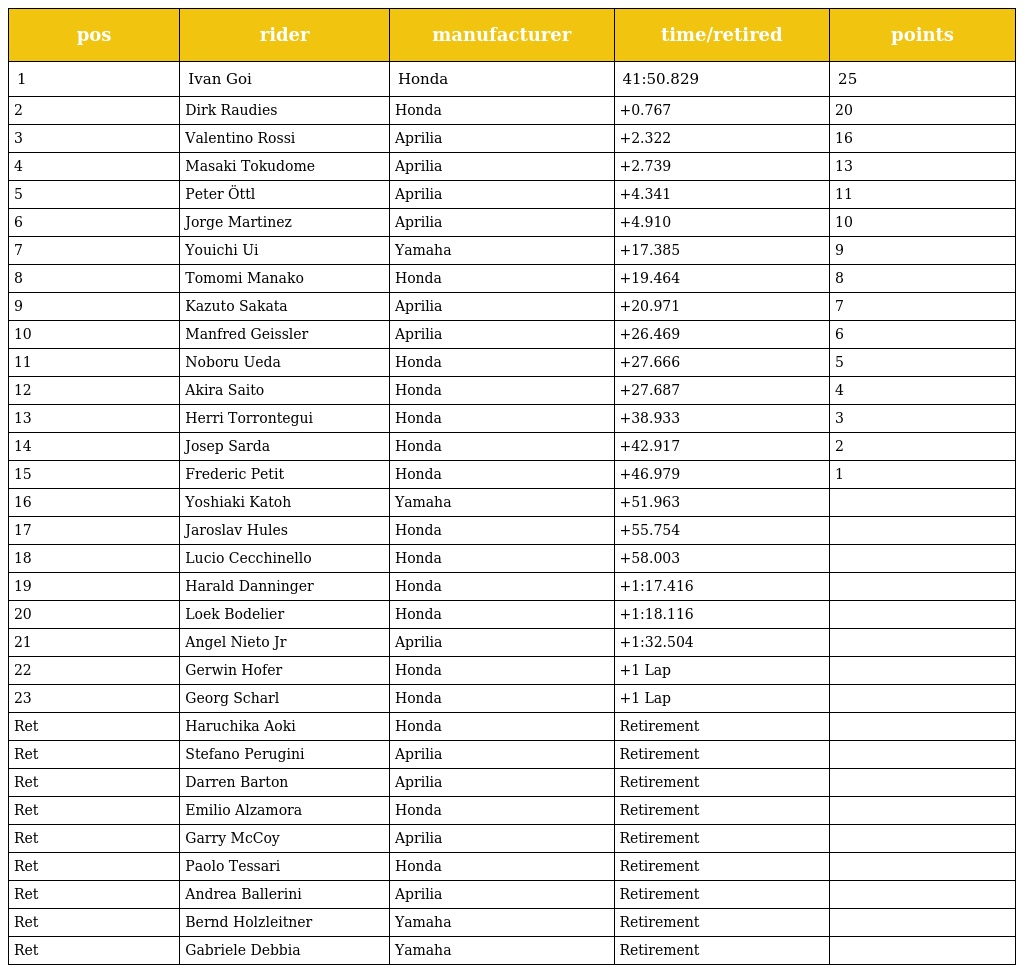
| pos | rider | manufacturer | time/retired | points |
 | --- | --- | --- | --- | --- |
 | 1 | Ivan Goi | Honda | 41:50.829 | 25 |
 | 2 | Dirk Raudies | Honda | +0.767 | 20 |
 | 3 | Valentino Rossi | Aprilia | +2.322 | 16 |
 | 4 | Masaki Tokudome | Aprilia | +2.739 | 13 |
 | 5 | Peter Öttl | Aprilia | +4.341 | 11 |
 | 6 | Jorge Martinez | Aprilia | +4.910 | 10 |
 | 7 | Youichi Ui | Yamaha | +17.385 | 9 |
 | 8 | Tomomi Manako | Honda | +19.464 | 8 |
 | 9 | Kazuto Sakata | Aprilia | +20.971 | 7 |
 | 10 | Manfred Geissler | Aprilia | +26.469 | 6 |
 | 11 | Noboru Ueda | Honda | +27.666 | 5 |
 | 12 | Akira Saito | Honda | +27.687 | 4 |
 | 13 | Herri Torrontegui | Honda | +38.933 | 3 |
 | 14 | Josep Sarda | Honda | +42.917 | 2 |
 | 15 | Frederic Petit | Honda | +46.979 | 1 |
 | 16 | Yoshiaki Katoh | Yamaha | +51.963 |  |
 | 17 | Jaroslav Hules | Honda | +55.754 |  |
 | 18 | Lucio Cecchinello | Honda | +58.003 |  |
 | 19 | Harald Danninger | Honda | +1:17.416 |  |
 | 20 | Loek Bodelier | Honda | +1:18.116 |  |
 | 21 | Angel Nieto Jr | Aprilia | +1:32.504 |  |
 | 22 | Gerwin Hofer | Honda | +1 Lap |  |
 | 23 | Georg Scharl | Honda | +1 Lap |  |
 | Ret | Haruchika Aoki | Honda | Retirement |  |
 | Ret | Stefano Perugini | Aprilia | Retirement |  |
 | Ret | Darren Barton | Aprilia | Retirement |  |
 | Ret | Emilio Alzamora | Honda | Retirement |  |
 | Ret | Garry McCoy | Aprilia | Retirement |  |
 | Ret | Paolo Tessari | Honda | Retirement |  |
 | Ret | Andrea Ballerini | Aprilia | Retirement |  |
 | Ret | Bernd Holzleitner | Yamaha | Retirement |  |
 | Ret | Gabriele Debbia | Yamaha | Retirement |  |